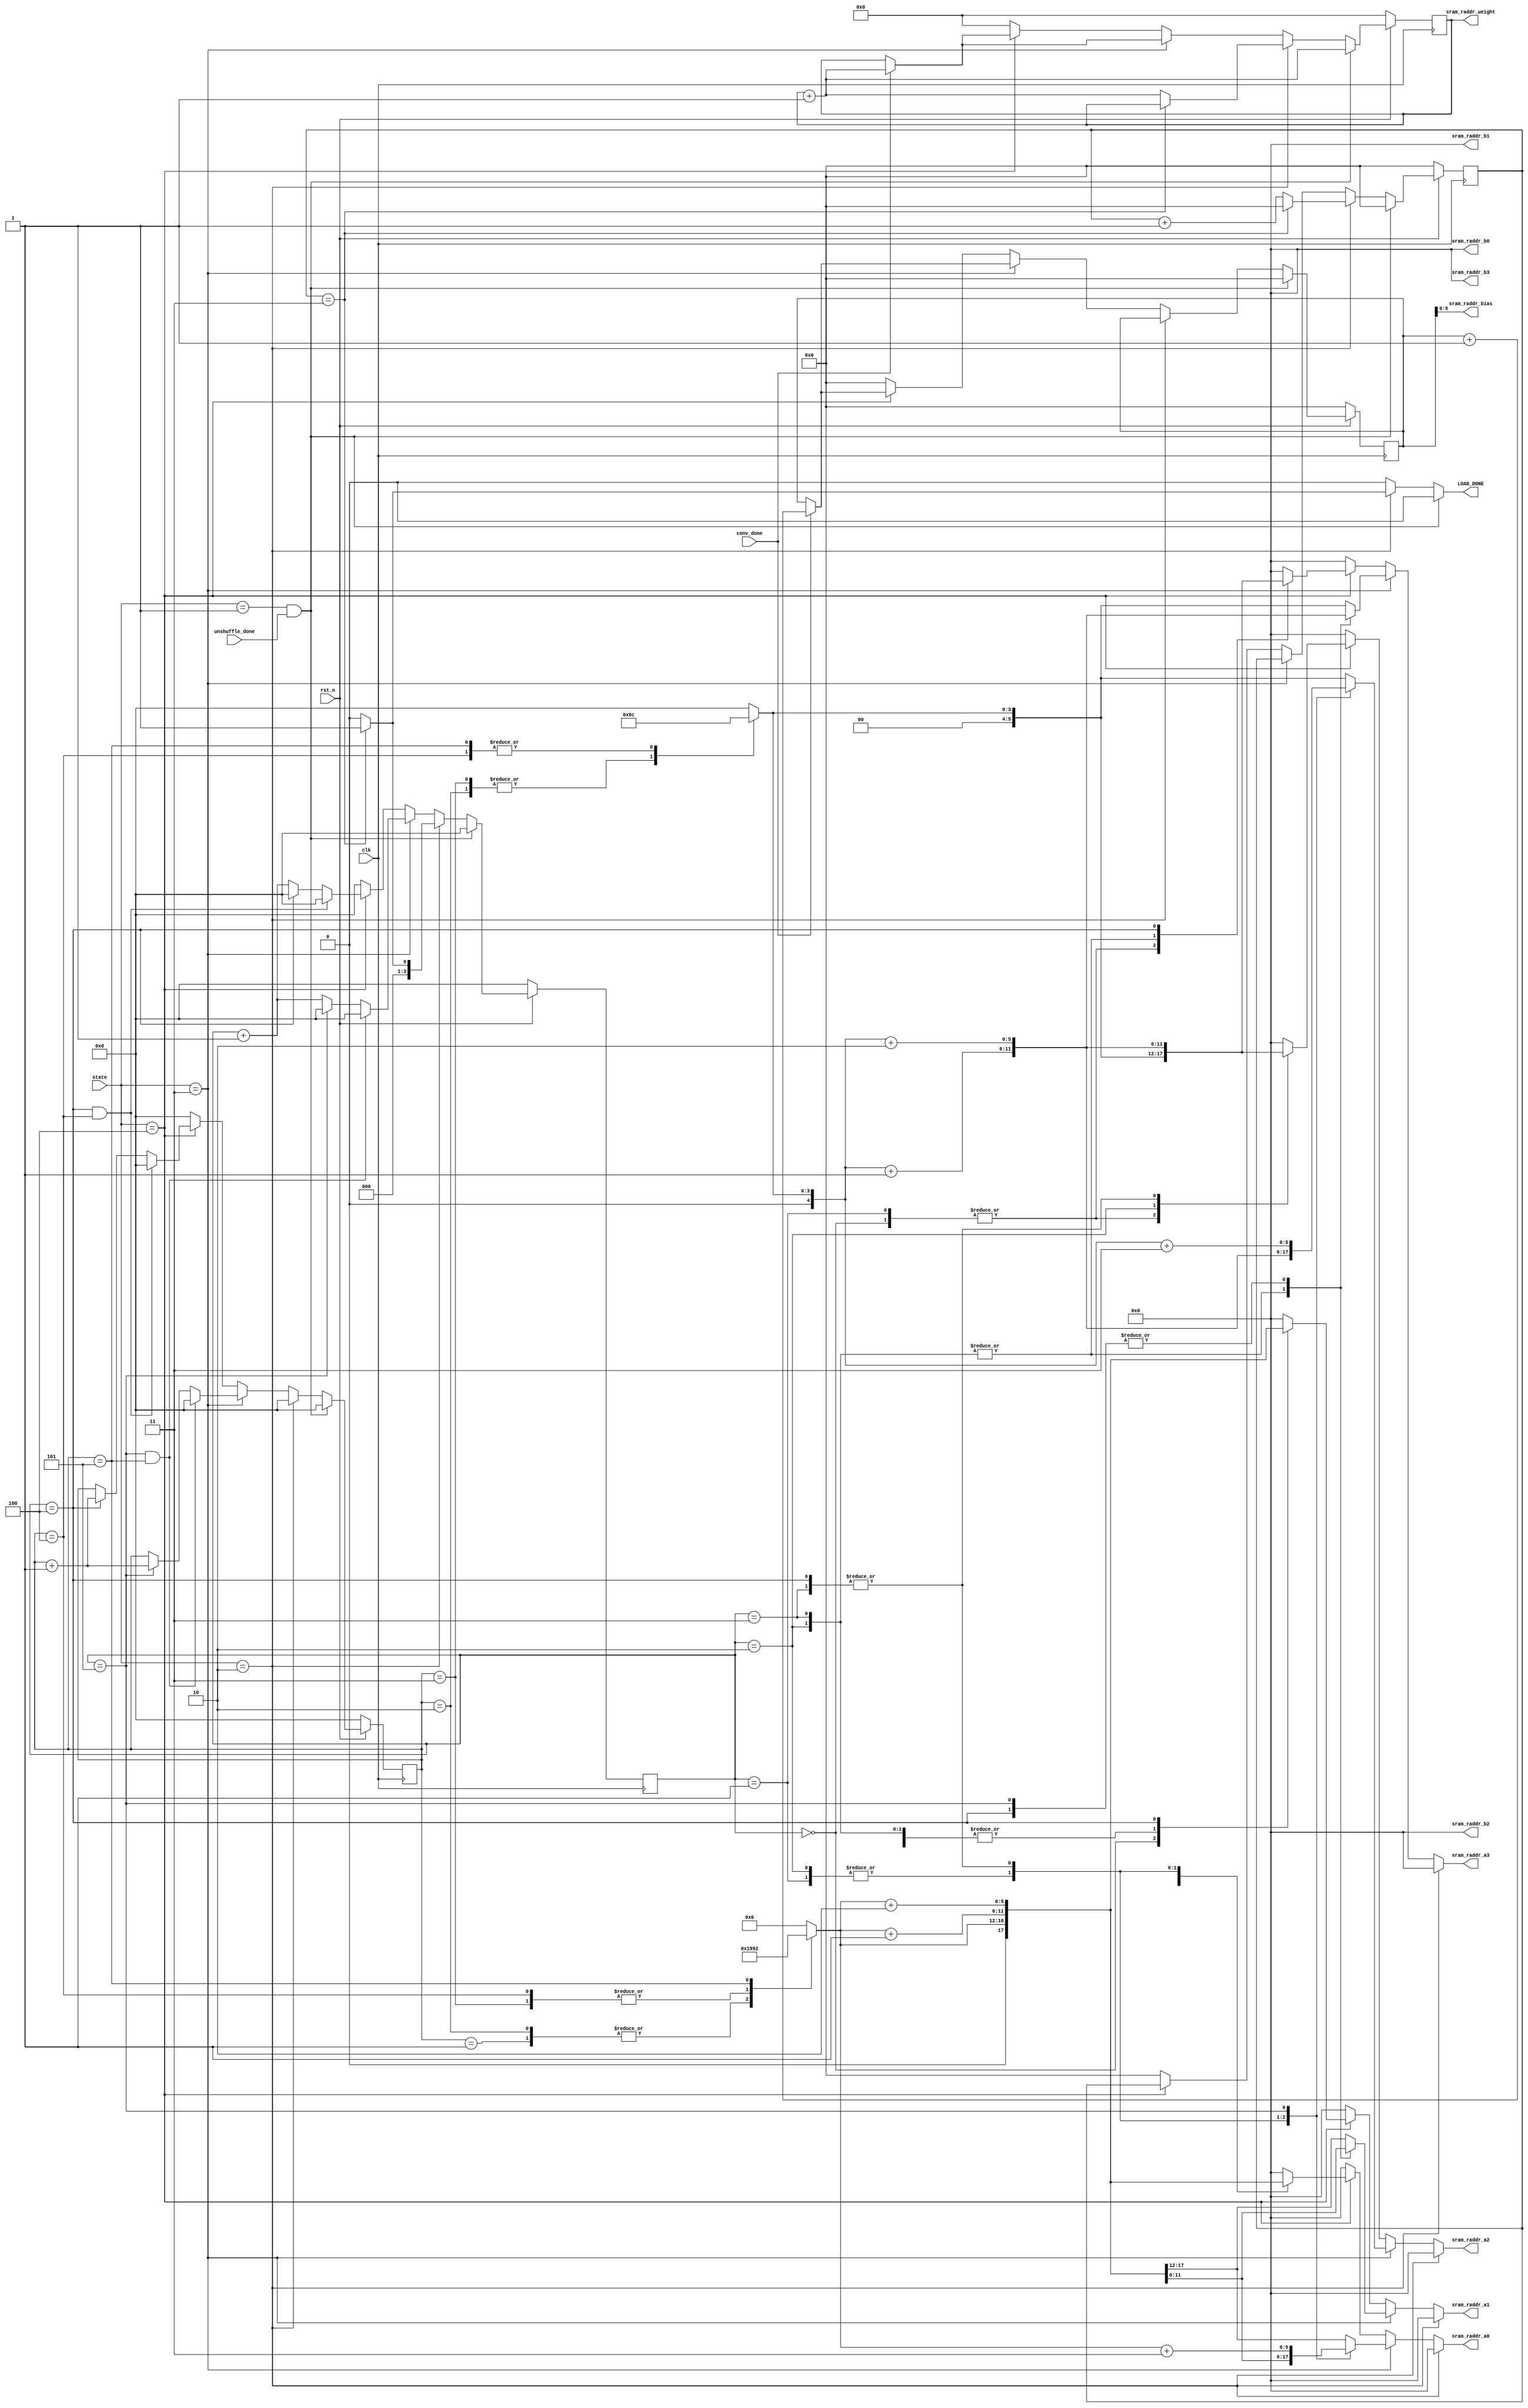
module addr(
input conv_done,
input unshuffle_done,
input [3:0]state,
input clk,                          
input rst_n,  // synchronous reset (active low)  
// read address to SRAM group A
output reg [5:0] sram_raddr_a0,
output reg [5:0] sram_raddr_a1,
output reg [5:0] sram_raddr_a2,
output reg [5:0] sram_raddr_a3,
// read address to SRAM group B
output reg [5:0] sram_raddr_b0,
output reg [5:0] sram_raddr_b1,
output reg [5:0] sram_raddr_b2,
output reg [5:0] sram_raddr_b3,
// read address to parameter SRAM
output reg [9:0] sram_raddr_weight,
output reg [5:0] sram_raddr_bias,
output reg LOAD_DONE
);


reg [6:0]CNT, n_CNT; 
reg [6:0]CNT_BIAS, n_CNT_BIAS;
reg [9:0]CNT_WE, n_CNT_WE;
reg [3:0]CNT_ADDR, n_CNT_ADDR;
reg [3:0]CNT_ADDR_R, n_CNT_ADDR_R;
reg [4:0]addr_start01, addr_start23;

/////////DFF/////////
always @(posedge clk) begin
	if(~rst_n) begin
		CNT <= 0;
		CNT_BIAS <= 0;
		CNT_WE <= 0;
		CNT_ADDR <= 0;
		CNT_ADDR_R <= 0;
	end
	else begin
		CNT <= n_CNT;
		CNT_BIAS <= n_CNT_BIAS;
		CNT_WE <= n_CNT_WE;
		CNT_ADDR <= n_CNT_ADDR;
		CNT_ADDR_R <= n_CNT_ADDR_R;
	end
end


always @* begin
	n_CNT = 0;
	n_CNT_BIAS = 0;
	n_CNT_WE = 0; 
	n_CNT_ADDR = 0;
	n_CNT_ADDR_R = 0;
	LOAD_DONE = 0;
	if(state == 1 && unshuffle_done)
		n_CNT_WE = CNT_WE + 1;

	else if(state == 2) begin
		n_CNT = CNT + 1;
		n_CNT_WE = CNT_WE + 1;
		n_CNT_BIAS = CNT_BIAS;
		n_CNT_ADDR = 0;
		if(CNT == 3) begin
			LOAD_DONE = 1;
			n_CNT_WE = CNT_WE;
			n_CNT_ADDR = 1;
			n_CNT_ADDR_R = 0;
			n_CNT = 0;
		end

	end
	else if(state == 3) begin
		n_CNT = CNT;
		n_CNT_ADDR_R = CNT_ADDR_R;
		n_CNT_WE = CNT_WE;
		n_CNT_ADDR = CNT_ADDR + 1;
		n_CNT_BIAS = CNT_BIAS;
		if(conv_done)
			n_CNT_BIAS = CNT_BIAS +1;
		if (CNT_ADDR == 5 && CNT_ADDR_R ==5) begin
			n_CNT_ADDR_R = 0;
			n_CNT_ADDR = 0;
		end
		else if(CNT_ADDR == 5) begin
			n_CNT_ADDR = 0;
			n_CNT_ADDR_R = CNT_ADDR_R + 1;
		end

		if(conv_done)
			n_CNT_WE = CNT_WE + 1;
	end

	else if (state == 4) begin
		n_CNT = CNT;
		n_CNT_ADDR_R = CNT_ADDR_R;
		n_CNT_WE = CNT_WE;
		n_CNT_ADDR = CNT_ADDR + 1;
		n_CNT_BIAS = CNT_BIAS;
		if(conv_done)
			n_CNT_BIAS = CNT_BIAS +1;
		if (CNT_ADDR == 4 && CNT_ADDR_R == 4) begin
			n_CNT_ADDR_R = 0;
			n_CNT_ADDR = 0;
		end
		else if(CNT_ADDR == 4) begin
			n_CNT_ADDR = 0;
			n_CNT_ADDR_R = CNT_ADDR_R + 1;
		end
		if(conv_done)
			n_CNT_WE = CNT_WE + 1;
	end


end

always @* begin
	case(CNT_ADDR_R) //synopsys parallel_case
		0: begin
			addr_start01 =0;
			addr_start23 =0;
		end
		1: begin
			addr_start01 =6;
			addr_start23 =0;
		end
		2: begin
			addr_start01 =6;
			addr_start23 =6;
		end
		3: begin
			addr_start01 =12;
			addr_start23 =6;
		end
		4: begin
			addr_start01 =12;
			addr_start23 =12;
		end
		5: begin
			addr_start01 =18;
			addr_start23 =12;
		end
		default: begin
			addr_start01 =0;
			addr_start23 =0;		
		end
	endcase
end
/////////det sram_addr/////////

always @* begin
	sram_raddr_bias = CNT_BIAS;
	sram_raddr_weight = CNT_WE;
	sram_raddr_a0 = 0;
	sram_raddr_a1 = 0;
	sram_raddr_a2 = 0;
	sram_raddr_a3 = 0;
	sram_raddr_b0 = 0;
	sram_raddr_b1 = 0;
	sram_raddr_b2 = 0;
	sram_raddr_b3 = 0;
	if(state == 2) begin
		sram_raddr_a0 = 0;
		sram_raddr_a1 = 0;
		sram_raddr_a2 = 0;
		sram_raddr_a3 = 0;
		sram_raddr_b0 = 0;
		sram_raddr_b1 = 0;
		sram_raddr_b2 = 0;
		sram_raddr_b3 = 0;
	end
    else if(state == 3) begin
        sram_raddr_b0 = 0;
        sram_raddr_b1 = 0;
        sram_raddr_b2 = 0;
        sram_raddr_b3 = 0;
        case(CNT_ADDR)
            0: begin
                sram_raddr_a0 = addr_start01;
				sram_raddr_a1 =	addr_start01;
				sram_raddr_a2 =	addr_start23;
				sram_raddr_a3 =	addr_start23;
            end
            1: begin
                sram_raddr_a0 = addr_start01 +1;
				sram_raddr_a1 =	addr_start01;
				sram_raddr_a2 =	addr_start23 +1;
				sram_raddr_a3 =	addr_start23;
            end
            2: begin
                sram_raddr_a0 = addr_start01 +1;
				sram_raddr_a1 =	addr_start01 +1;
				sram_raddr_a2 =	addr_start23 +1;
				sram_raddr_a3 =	addr_start23 +1;
            end
            3: begin
                sram_raddr_a0 = addr_start01 +2;
				sram_raddr_a1 =	addr_start01 +1;
				sram_raddr_a2 =	addr_start23 +2;
				sram_raddr_a3 =	addr_start23 +1;
            end	
            4: begin
                sram_raddr_a0 = addr_start01 +2;
				sram_raddr_a1 =	addr_start01 +2;
				sram_raddr_a2 =	addr_start23 +2;
				sram_raddr_a3 =	addr_start23 +2;
            end
            5: begin
                sram_raddr_a0 = addr_start01 +3;
				sram_raddr_a1 =	addr_start01 +2;
				sram_raddr_a2 =	addr_start23 +3;
				sram_raddr_a3 =	addr_start23 +2;
            end	
			default: begin
                sram_raddr_a0 = addr_start01;
				sram_raddr_a1 =	addr_start01;
				sram_raddr_a2 =	addr_start23;
				sram_raddr_a3 =	addr_start23;
			end
		endcase
    end
	else if (state == 4) begin
		case(CNT_ADDR) 
			0: begin
                sram_raddr_a0 = addr_start01;
				sram_raddr_a1 =	addr_start01;
				sram_raddr_a2 =	addr_start23;
				sram_raddr_a3 =	addr_start23;
			end
			1: begin
				sram_raddr_a0 = addr_start01 + 1;
				sram_raddr_a1 =	addr_start01 + 1;
				sram_raddr_a2 =	addr_start23;
				sram_raddr_a3 =	addr_start23;
			end
			2: begin
				sram_raddr_a0 = addr_start01 + 1;
				sram_raddr_a1 =	addr_start01 + 1;
				sram_raddr_a2 =	addr_start23 + 1;
				sram_raddr_a3 =	addr_start23 + 1;
			end
			3: begin
				sram_raddr_a0 = addr_start01 + 2;
				sram_raddr_a1 =	addr_start01 + 1;
				sram_raddr_a2 =	addr_start23 + 2;
				sram_raddr_a3 =	addr_start23 + 1;
			end
			4: begin
				sram_raddr_a0 = addr_start01 + 2;
				sram_raddr_a1 =	addr_start01 + 2;
				sram_raddr_a2 =	addr_start23 + 2;
				sram_raddr_a3 =	addr_start23 + 2;
			end
		endcase
	end
end

endmodule